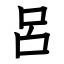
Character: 呂